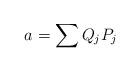
LaTeX: \begin{align*}a = \sum Q_jP_j\end{align*}